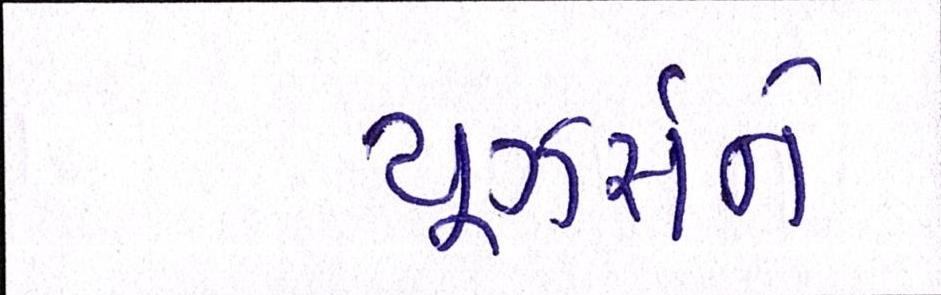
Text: યૂઝર્સને